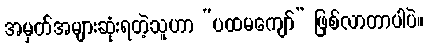
အမှတ်အများဆုံးရတဲ့သူဟာ “ပထမကျော်” ဖြစ်လာတာပါပဲ။